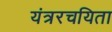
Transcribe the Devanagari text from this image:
यंत्ररचयिता